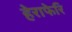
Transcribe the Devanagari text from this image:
हेराफेरि